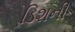
ડિશની